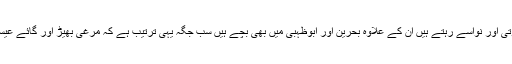
سعودی عرب میں ہمارا بیٹا بیٹی پوتے پوتی اور نواسے رہتے ہیں ان کے علاوہ بحرین اور ابوظہبی میں بھی بچے ہیں سب جگہ یہی ترتیب ہے کہ مرغی بھیڑ اور گائے عیسائی ملکوں میں سب سے مہنگا سوّ ر ہے۔